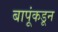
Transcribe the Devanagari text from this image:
बापूंकडून